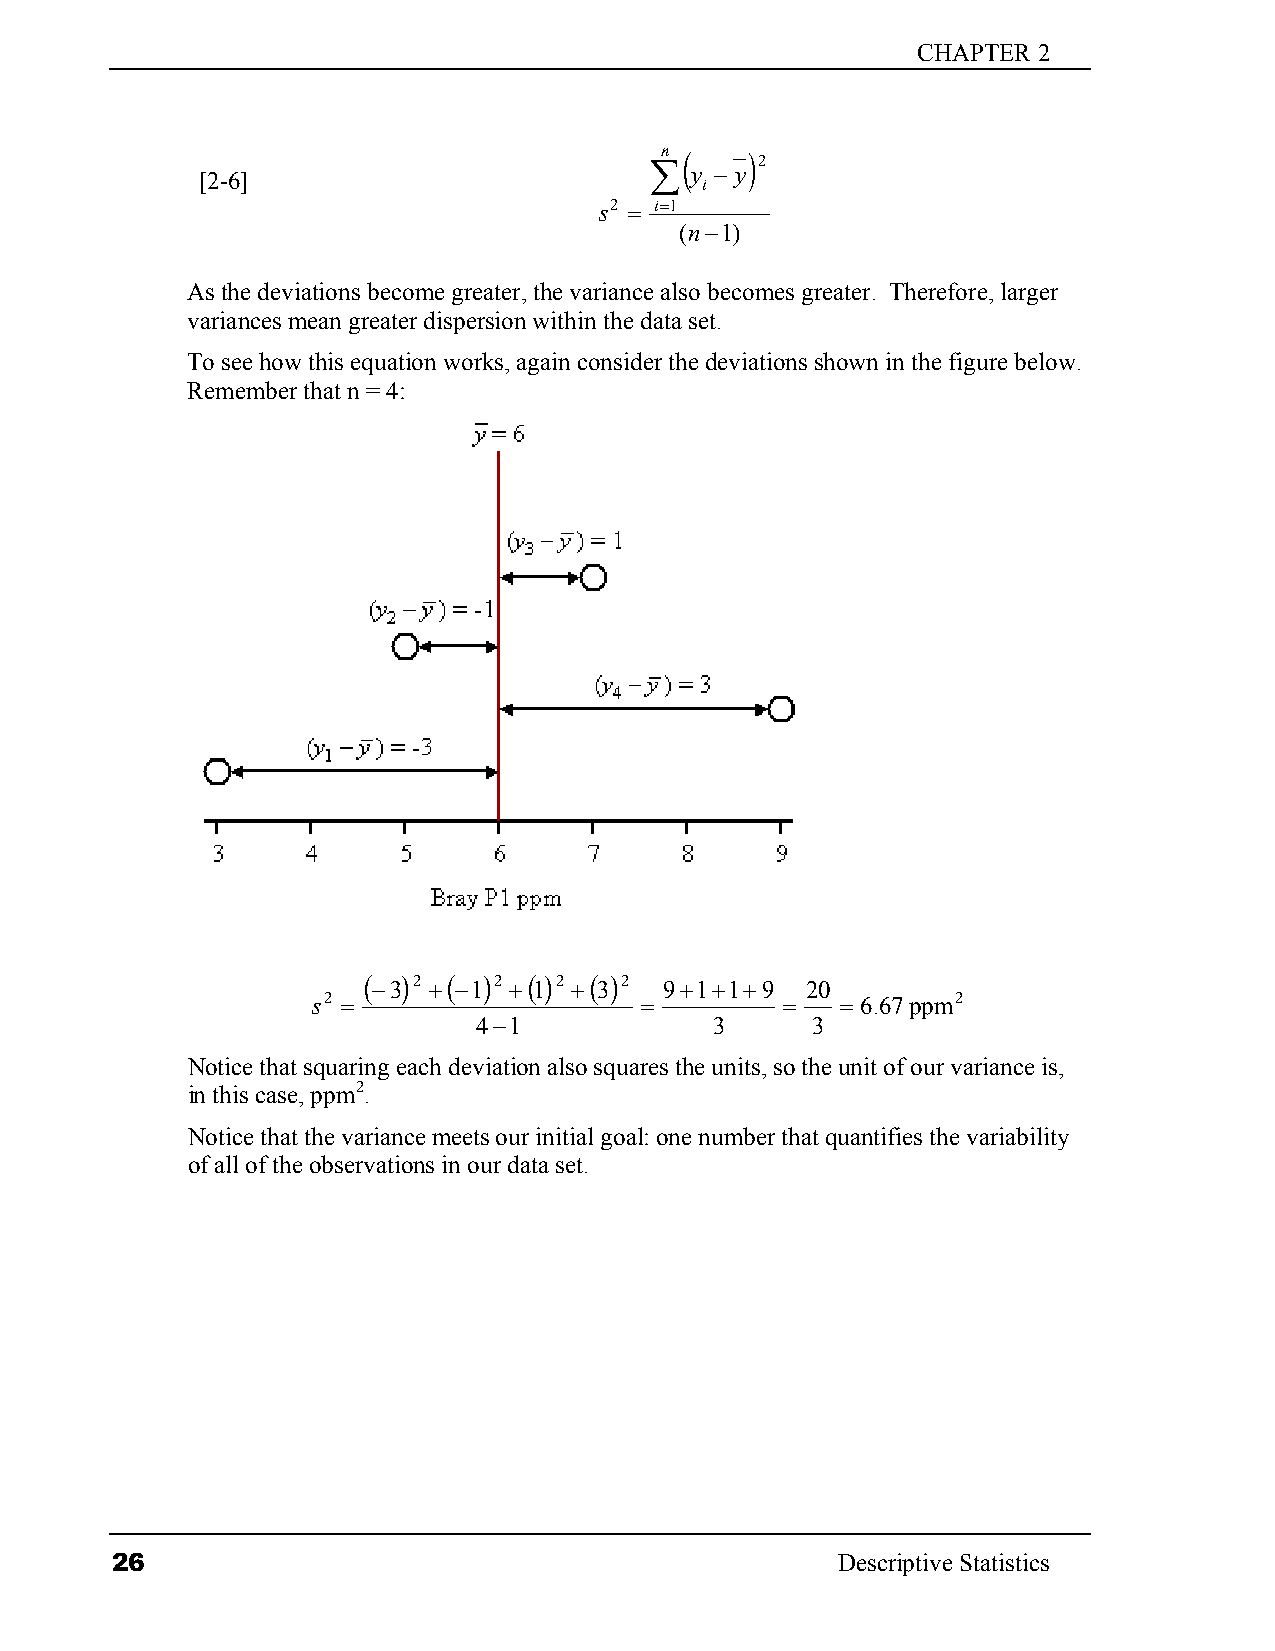
CHAPTER 2
 [2-6]
 ∑n (
 y −
 y) 2
 i
 s2 = i=1
 (n−1)
 As the deviations become greater, the variance also becomes greater. Therefore, larger
 variances mean greater dispersion within the data set.
 To see how this equation works, again consider the deviations shown in the figure below.
 Remember that n = 4:
 ( −3) 2 +( −1) 2 +( 1) 2 +( 3) 2 9+1+1+9 20
 s2 =                 =         =   = 6.67 ppm2
 4−1            3      3
 Notice that squaring each deviation also squares the units, so the unit of our variance is,
 in this case, ppm2.
 Notice that the variance meets our initial goal: one number that quantifies the variability
 of all of the observations in our data set.
 26                                              Descriptive Statistics